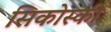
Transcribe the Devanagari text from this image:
सिकोस्की